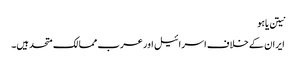
نیتن یاہو
ایران کے خلاف اسرائیل اور عرب ممالک متحد ہیں۔